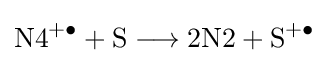
{{\text{N4}}{\vphantom {A}}^{+\bullet }{}+{}\mathrm {S} {}\mathrel {\longrightarrow } {}{\text{2N2}}{}+{}\mathrm {S} {\vphantom {A}}^{+\bullet }}